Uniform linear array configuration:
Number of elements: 4
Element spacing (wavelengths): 0.25
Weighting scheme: hamming
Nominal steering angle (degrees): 60
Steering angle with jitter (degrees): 61.544
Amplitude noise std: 0.05
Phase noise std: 0.05

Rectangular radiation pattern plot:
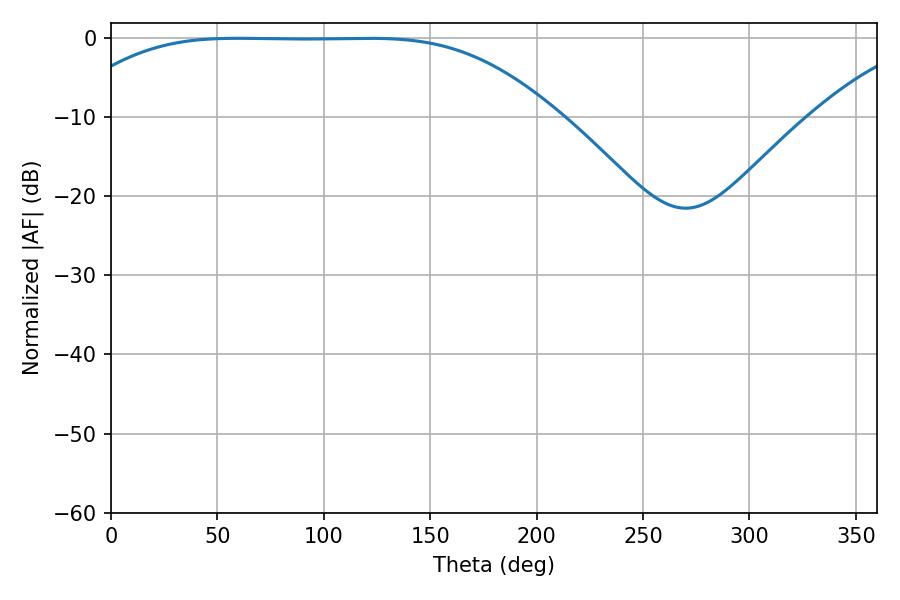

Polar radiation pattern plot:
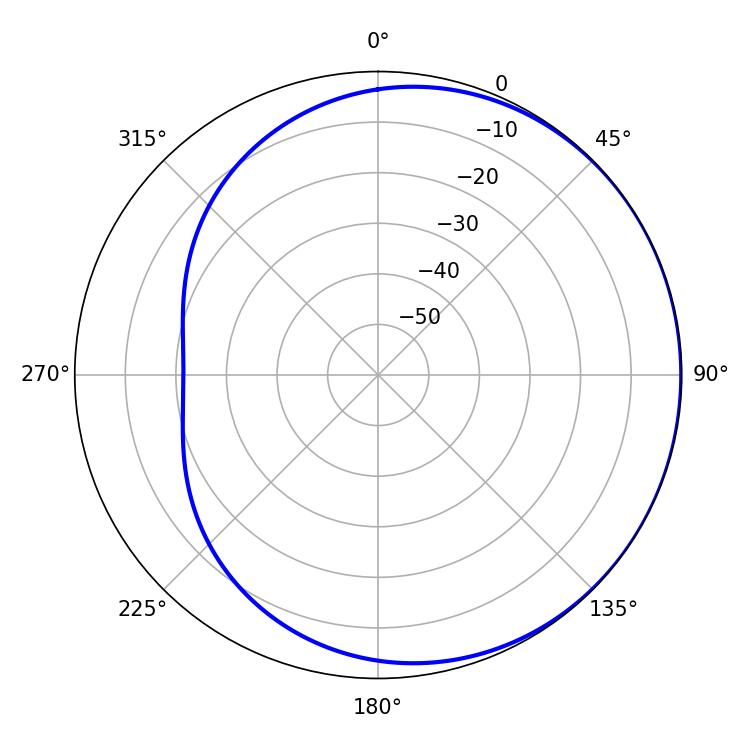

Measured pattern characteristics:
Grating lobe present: FALSE
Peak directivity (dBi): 0.4899
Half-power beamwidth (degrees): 172.44
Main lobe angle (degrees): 59.58